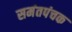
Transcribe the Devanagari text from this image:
समंतपंचक